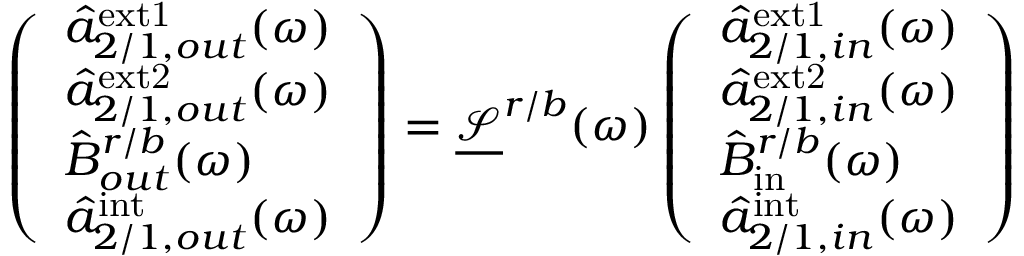
\left( \begin{array} { l } { \hat { a } _ { 2 / 1 , o u t } ^ { \mathrm { e x t 1 } } ( \omega ) } \\ { \hat { a } _ { 2 / 1 , o u t } ^ { \mathrm { e x t 2 } } ( \omega ) } \\ { \hat { B } _ { o u t } ^ { r / b } ( \omega ) } \\ { \hat { a } _ { 2 / 1 , o u t } ^ { \mathrm { i n t } } ( \omega ) } \end{array} \right) = \underline { { \mathcal { S } } } ^ { r / b } ( \omega ) \left( \begin{array} { l } { \hat { a } _ { 2 / 1 , i n } ^ { \mathrm { e x t 1 } } ( \omega ) } \\ { \hat { a } _ { 2 / 1 , i n } ^ { \mathrm { e x t 2 } } ( \omega ) } \\ { \hat { B } _ { \mathrm { i n } } ^ { r / b } ( \omega ) } \\ { \hat { a } _ { 2 / 1 , i n } ^ { \mathrm { i n t } } ( \omega ) } \end{array} \right)